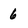
Character: 6